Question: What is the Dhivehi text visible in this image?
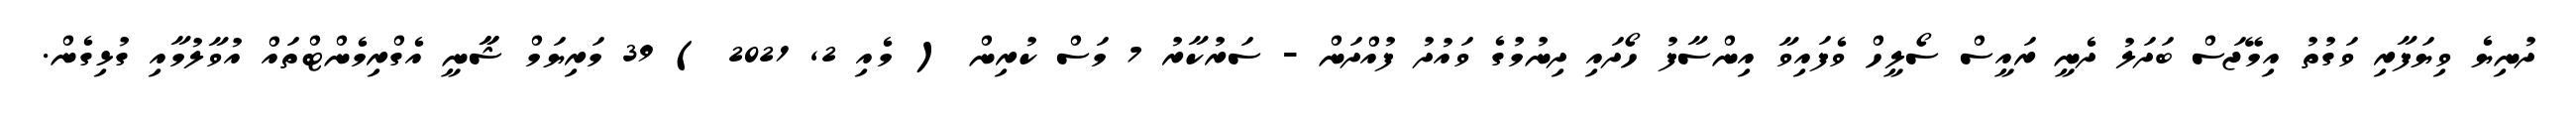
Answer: ދުނިޔެ ވިޔަފާރި ވަގުތު އިމޭޖަސް ބަދަލު ދެނީ ރައީސް ސޯލީހް ވެފައިވާ އިންސާފު ހޯދައި ދިނުމުގެ ވައުދު ފުއްދަން - ސަރުކާރު 7 މަސް ކުރިން ( މެއި 2, 2021 ) 39 މަރިޔަމް ޝާާނީ އެގްރިމެންޓްތައް އުވާލުމާއި ގުޅިގެން.